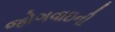
જોગવાઇની